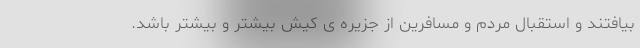
بیافتند و استقبال مردم و مسافرین از جزیره ی کیش بیشتر و بیشتر باشد.